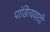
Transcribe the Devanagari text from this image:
पांडित्यवादी